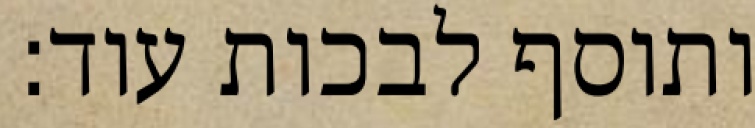
ותוסף לבכות עוד: